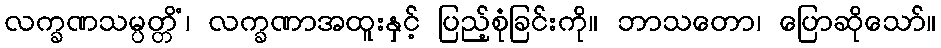
လက္ခဏသမ္ပတ္တိံ၊ လက္ခဏာအထူးနှင့် ပြည့်စုံခြင်းကို။ ဘာသတော၊ ပြောဆိုသော်။